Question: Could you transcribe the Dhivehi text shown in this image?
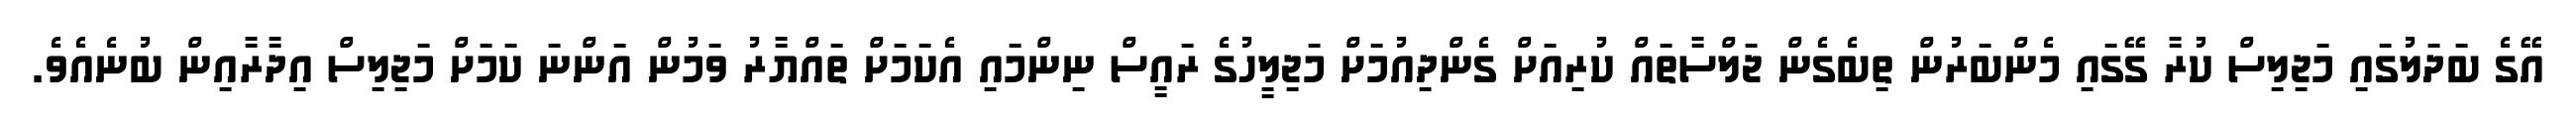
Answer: އޭގެ ބަދަލުގައި މަޖިލިސް ކުރާ ގޭގައި މެންބަރުން ތިބެގެން ޖަލްސާތައް ކުރިއަށް ގެންދިއުމަށް މަޖިލީހުގެ ރައީސް ނިންމައި އެކަމަށް ތައްޔާރު ވަމުން އަންނަ ކަމަށް މަޖިލިސް އިދާރާއިން ބުނެއެވެ.